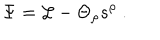
\Psi = { \cal L } - \Theta _ { \rho } s ^ { \rho } \ .